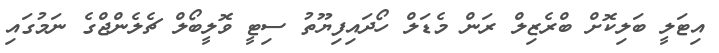
އިޓަލީ ބަލިކޮށް ބްރެޒިލް ރަން މެޑަލް ހޯދައިފިޔޫތު ސިޓީ ވޮލީބޯލް ޗެލެންޖްގެ ނަމުގައި